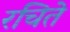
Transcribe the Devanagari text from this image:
रचिते